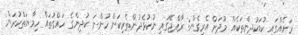
ރަށެއްގައި ކުޑަކުދިންތަކެއް މޫދަށް އެރިގެން: ރާއްޖޭގައި ނުކުޅެދުންތެރިކަން ހުންނަ ކުދިންގެ ހައްގުތައް ހިމާޔަތްކުރަން